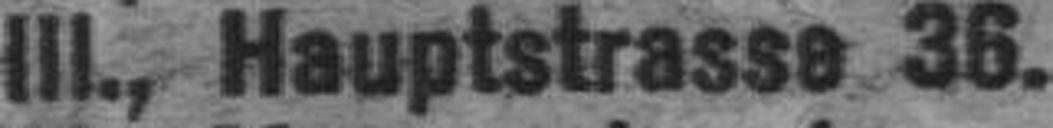
III., Hauptstrasse 36.